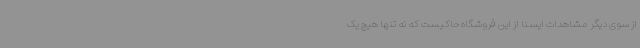
از سوی دیگر مشاهدات ایسنا از این فروشگاه حاکیست که نه تنها هیچ یک